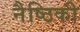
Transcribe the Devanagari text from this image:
नैष्ठिकी